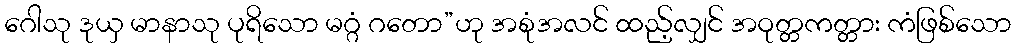
ဂေါသု ဒုယှ မာနာသု ပုရိသော မဂ္ဂံ ဂတော”ဟု အစုံအလင် ထည့်လျှင် အဝုတ္တကတ္တား ကံဖြစ်သော